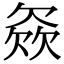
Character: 𣣓